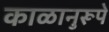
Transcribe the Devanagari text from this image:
काळानुरूपे